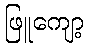
ဖြူကျော့